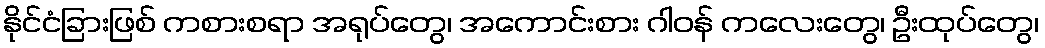
နိုင်ငံခြားဖြစ် ကစားစရာ အရုပ်တွေ၊ အကောင်းစား ဂါဝန် ကလေးတွေ၊ ဦးထုပ်တွေ၊